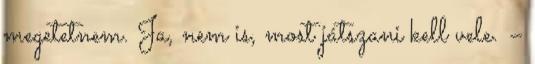
megetetnem. Ja, nem is, most játszani kell vele. –